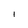
Character: 1